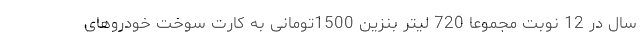
سال در 12 نوبت مجموعاً 720 لیتر بنزین 1500تومانی به کارت سوخت خودروهای